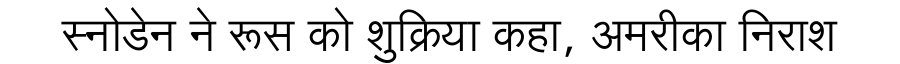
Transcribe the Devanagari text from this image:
स्नोडेन ने रूस को शुक्रिया कहा, अमरीका निराश